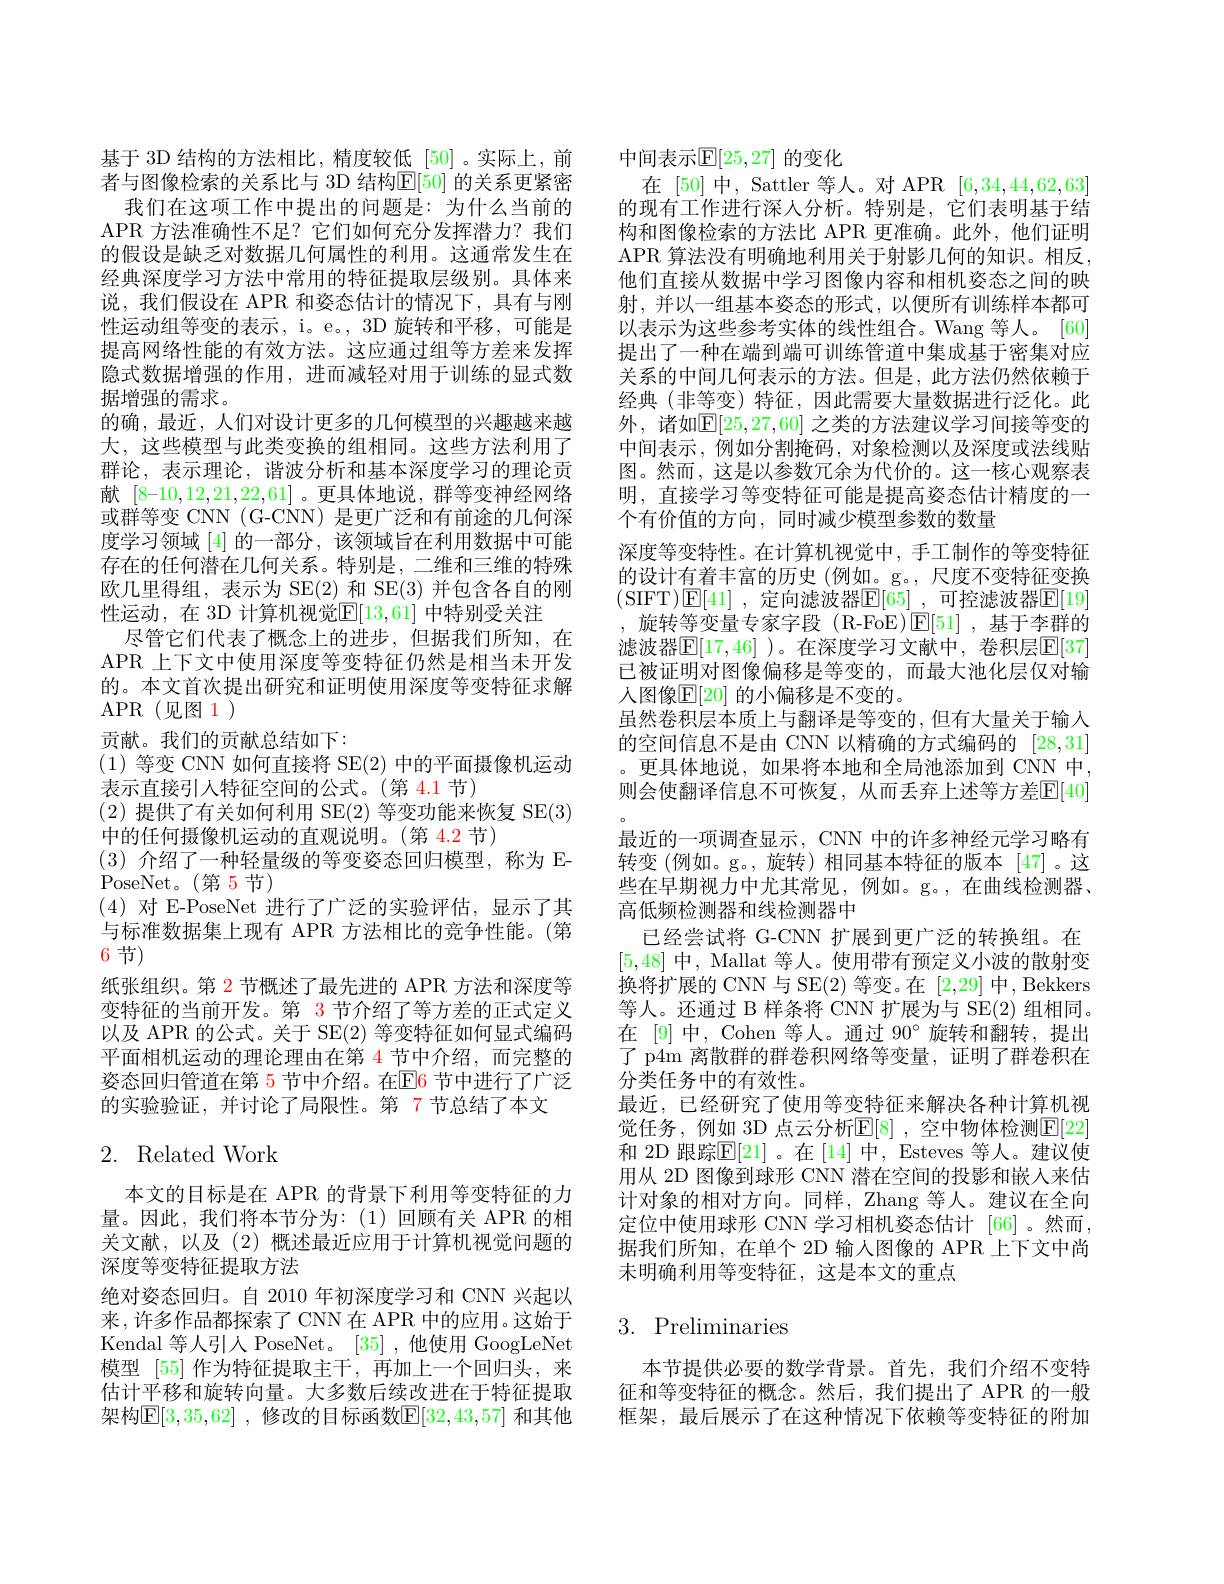
基于 3D 结构的方法相比，精度较低[50]。实际上，前者与图像检索的关系比与 3D 结构$\mathbb{E}[50]$ 的关系更紧密
我们在这项工作中提出的问题是：为什么当前的APR 方法准确性不足？它们如何充分发挥潜力？我们的假设是缺乏对数据几何属性的利用。这通常发生在经典深度学习方法中常用的特征提取层级别。具体来说，我们假设在 APR 和姿态估计的情况下，具有与刚性运动组等变的表示，i。e。, 3D 旋转和平移，可能是提高网络性能的有效方法。这应通过组等方差来发挥隐式数据增强的作用，进而减轻对用于训练的显式数据增强的需求。
的确，最近，人们对设计更多的几何模型的兴趣越来越大，这些模型与此类变换的组相同。这些方法利用了群论，表示理论，谐波分析和基本深度学习的理论贡献[8-10,12,21,22,61] 。更具体地说，群等变神经网络或群等变 CNN (G-CNN) 是更广泛和有前途的几何深度学习领域 [4] 的一部分，该领域旨在利用数据中可能存在的任何潜在几何关系。特别是，二维和三维的特殊欧几里得组，表示为 SE(2) 和 SE(3) 并包含各自的刚性运动，在 3D 计算机视觉$\mathbb{E}[13,61]$ 中特别受关注
尽管它们代表了概念上的进步，但据我们所知，在APR 上下文中使用深度等变特征仍然是相当未开发的。本文首次提出研究和证明使用深度等变特征求解APR(见图 1)
贡献。我们的贡献总结如下：
(1)等变 CNN 如何直接将 SE(2)中的平面摄像机运动
表示直接引人特征空间的公式。(第 4.1 节)
(2)提供了有关如何利用 SE(2)等变功能来恢复 SE(3)
中的任何摄像机运动的直观说明。(第 4.2 节)
(3)介绍了一种轻量级的等变姿态回归模型，称为 E-
PoseNet。(第5节)
(4)对 E-PoseNet 进行了广泛的实验评估，显示了其与标准数据集上现有 APR 方法相比的竞争性能。(第6节)
纸张组织。第 2 节概述了最先进的 APR 方法和深度等变特征的当前开发。第 3 节介绍了等方差的正式定义以及 APR 的公式。关于 SE(2) 等变特征如何显式编码平面相机运动的理论理由在第 4 节中介绍，而完整的的实验验证，并讨论了局限性。第 7 节总结了本文
2. Related Work

本文的目标是在 APR 的背景下利用等变特征的力量。因此，我们将本节分为：(1)回顾有关 APR 的相关文献，以及(2)概述最近应用于计算机视觉问题的深度等变特征提取方法
绝对姿态回归。自 2010 年初深度学习和 CNN 兴起以来，许多作品都探索了 CNN 在 APR 中的应用。这始于Kendal 等人引人 PoseNet。[35],他使用 GoogLeNet 模型 [55] 作为特征提取主干，再加上一个回归头，来估计平移和旋转向量。大多数后续改进在于特征提取架构$\mathbb{E}[3,35,62]$ ,修改的目标函数$\mathbb{E}[32,43,57]$ 和其他

中间表示$\mathbb{E}[25,27]$ 的变化
在[50]中，Sattler 等人。对 APR [6,34,44,62,63] 的现有工作进行深人分析。特别是，它们表明基于结构和图像检索的方法比 APR 更准确。此外，他们证明APR 算法没有明确地利用关于射影几何的知识。相反， 他们直接从数据中学习图像内容和相机姿态之间的映射，并以一组基本姿态的形式，以便所有训练样本都可以表示为这些参考实体的线性组合。Wang 等人。[60] 提出了一种在端到端可训练管道中集成基于密集对应关系的中间几何表示的方法。但是，此方法仍然依赖于经典 (非等变) 特征，因此需要大量数据进行泛化。此外，诸如$\mathbb{E}[25,27,60]$ 之类的方法建议学习间接等变的中间表示，例如分割掩码，对象检测以及深度或法线贴图。然而，这是以参数冗余为代价的。这一核心观察表明，直接学习等变特征可能是提高姿态估计精度的一个有价值的方向，同时减少模型参数的数量
深度等变特性。在计算机视觉中，手工制作的等变特征的设计有着丰富的历史 (例如。g。, 尺度不变特征变换(SIFT$) \boxed{\mathrm{E} }[ 41]$ , 定向滤波器$\mathbb{E} [ 65]$ ,可控滤波器$\mathbb{E}[19]$ , 旋转等变量专家字段(R-FoE)$\operatorname{E}[51]$,基于李群的滤波器$\mathbb{E}[17,46]$ )。在深度学习文献中，卷积层$\mathbb{E}[37]$ 已被证明对图像偏移是等变的，而最大池化层仅对输人图像$\mathbb{E}[20]$ 的小偏移是不变的。
虽然卷积层本质上与翻译是等变的，但有大量关于输入的空间信息不是由 CNN 以精确的方式编码的[28,31] 。更具体地说，如果将本地和全局池添加到 CNN 中， 则会使翻译信息不可恢复，从而丢弃上述等方差$\mathbb{E}[40]$ 最近的一项调查显示，CNN 中的许多神经元学习略有转变(例如。g。,旋转)相同基本特征的版本[47]。这些在早期视力中尤其常见，例如。g。,在曲线检测器、 高低频检测器和线检测器中
已经尝试将 G-CNN 扩展到更广泛的转换组。在[5,48]中，Mallat 等人。使用带有预定义小波的散射变换将扩展的 CNN 与 SE(2)等变。在[2,29]中，Bekkers 等人。还通过 B 样条将 CNN 扩展为与 SE(2) 组相同。在 [9] 中，Cohen 等人。通过 90° 旋转和翻转，提出了 p4m 离散群的群卷积网络等变量，证明了群卷积在分类任务中的有效性。
最近，已经研究了使用等变特征来解决各种计算机视觉任务，例如 3D 点云分析$\mathbb{E}[8]$ ,空中物体检测$\mathbb{E}[22]$ 和 2D 跟踪$\overline{\mathrm{E}}[21]$。在[14] 中，Esteves 等人。建议使用从 2D 图像到球形 CNN 潜在空间的投影和嵌人来估计对象的相对方向。同样，Zhang 等人。建议在全向定位中使用球形 CNN 学习相机姿态估计 [66]。然而， 据我们所知，在单个 2D 输人图像的 APR 上下文中尚未明确利用等变特征，这是本文的重点

# 3. Preliminaries

本节提供必要的数学背景。首先，我们介绍不变特征和等变特征的概念。然后，我们提出了 APR 的一般框架，最后展示了在这种情况下依赖等变特征的附加